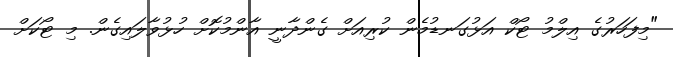
"މިފަހަރުގެ އިލްމު ޓޯކް އަޅުގަނޑުމެން ކުރިއަށް ގެންދާނީ އާންމުކޮށް ހުޅުވާލައިގެން. މި ޓޯކަށް